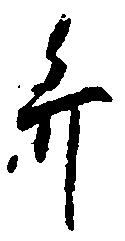
弁